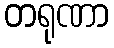
တရုဏာ